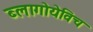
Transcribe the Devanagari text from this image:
ब्लागोयेविच